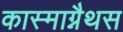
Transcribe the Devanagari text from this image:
कास्माग्नैथस